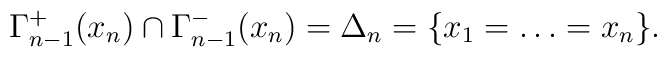
\Gamma_{n-1}^+(x_n)\cap\Gamma_{n-1}^-(x_n)=\Delta_n=\{x_1=\ldots=x_n\}.